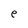
Character: e